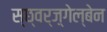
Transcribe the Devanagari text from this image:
स्छ्वर्ज़्गेल्बेन